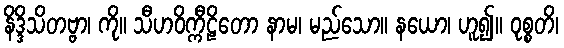
နိဒ္ဒိသိတဗ္ဗာ၊ ကို။ သီဟဝိက္ကီဠိတော နာမ၊ မည်သော။ နယော၊ ဟူ၍။ ဝုစ္စတိ၊